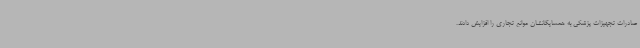
صادرات تجهیزات پزشکی به همسایگانشان موانع تجاری را افزایش دادند.